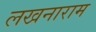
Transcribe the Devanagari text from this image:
लखनाराम